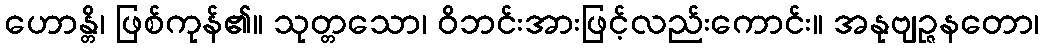
ဟောန္တိ၊ ဖြစ်ကုန်၏။ သုတ္တသော၊ ဝိဘင်းအားဖြင့်လည်းကောင်း။ အနုဗျဉ္ဇနတော၊